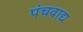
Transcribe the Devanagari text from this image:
पंचवाद्य